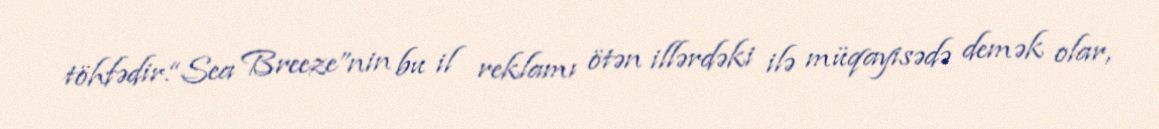
töhfədir.“Sea Breeze”nin bu il reklamı ötən illərdəki ilə müqayisədə demək olar,